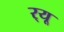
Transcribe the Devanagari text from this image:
र्‌यू